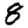
Digit: 8